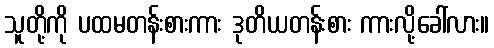
သူတို့ကို ပထမတန်းစားကား ဒုတိယတန်းစား ကားလို့ခေါ်လား။